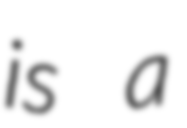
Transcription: is a